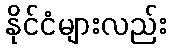
နိုင်ငံများလည်း